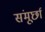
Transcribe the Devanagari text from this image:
संमूर्छा